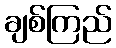
ချစ်ကြည်